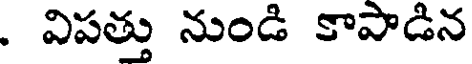
. విపత్తు నుండి కాపాడిన